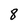
Character: 8